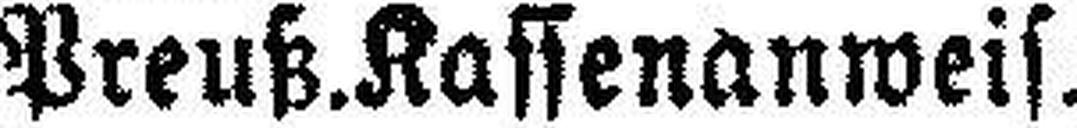
Preuß. Kassenanweis.